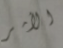
الأمر